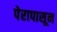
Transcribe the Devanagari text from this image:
पेरापासून